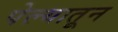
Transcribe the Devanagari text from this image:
पेल्यातून